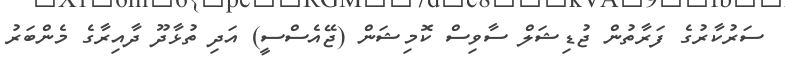
ސަރުކާރުގެ ފަރާތުން ޖުޑިޝަލް ސާވިސް ކޮމިޝަން (ޖޭއެސްސީ) އަދި ތުޅާދޫ ދާއިރާގެ މެންބަރު